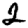
Digit: 2